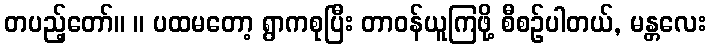
တပည့်တော်။ ။ ပထမတော့ ရွာကစုပြီး တာဝန်ယူကြဖို့ စီစဉ်ပါတယ်, မန္တလေး